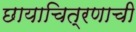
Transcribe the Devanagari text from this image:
छायाचित्रणाची